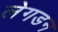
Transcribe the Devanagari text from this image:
लेगडन